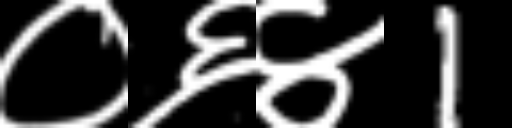
Text: ०६४1